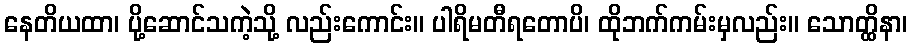
နေတိယထာ၊ ပို့ဆောင်သကဲ့သို့ လည်းကောင်း။ ပါရိမတီရတောပိ၊ ထိုဘက်ကမ်းမှလည်း။ သောတ္ထိနာ၊